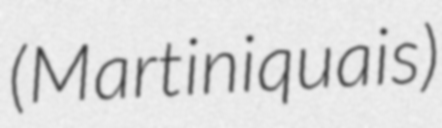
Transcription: (Martiniquais)